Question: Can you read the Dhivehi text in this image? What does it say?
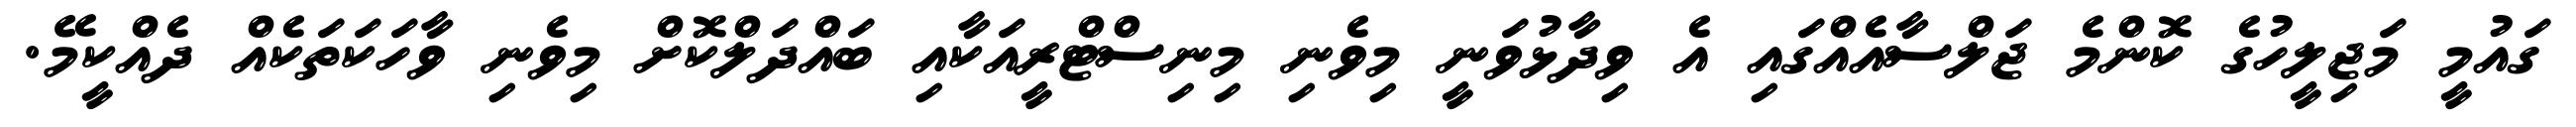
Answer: ގައުމީ މަޖިލީހުގެ ކޮންމެ ޖަލްސާއެއްގައި އެ ވިދާޅުވަނީ މިވެނި މިނިސްޓްރީއަކާއި ބައްދަލްކޮށް މިވެނި ވާހަކަތަކެއް ދެއްކީމޭ.